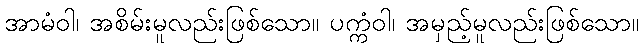
အာမံဝါ၊ အစိမ်းမူလည်းဖြစ်သော။ ပက္ကံဝါ၊ အမှည့်မူလည်းဖြစ်သော။